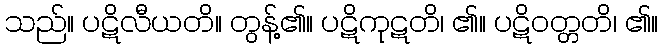
သည်။ ပဋိလီယတိ။ တွန့်၏။ ပဋိကုဋတိ၊ ၏။ ပဋိဝတ္တတိ၊ ၏။